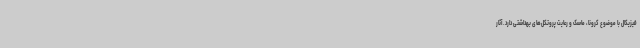
فیزیکال با موضوع کرونا، ماسک و رعایت پروتکل‌های بهداشتی دارد. آثار